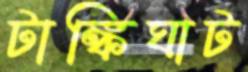
টাঙ্কিঘাট